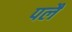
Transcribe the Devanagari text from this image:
पलै